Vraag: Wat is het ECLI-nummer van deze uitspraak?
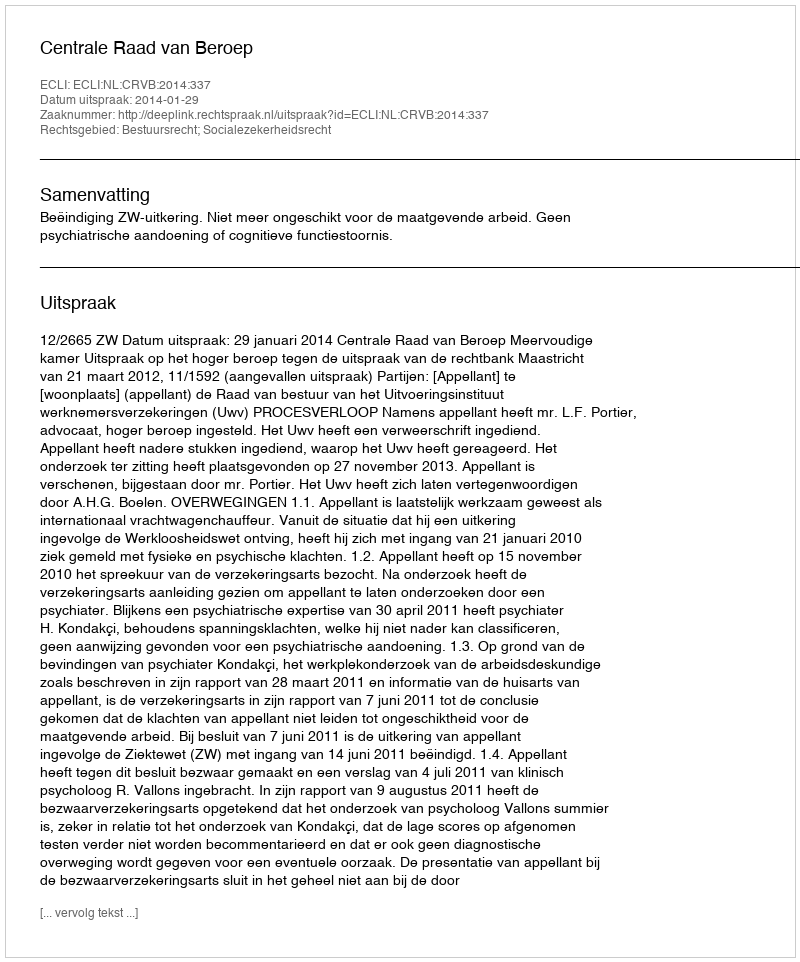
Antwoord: ECLI:NL:CRVB:2014:337